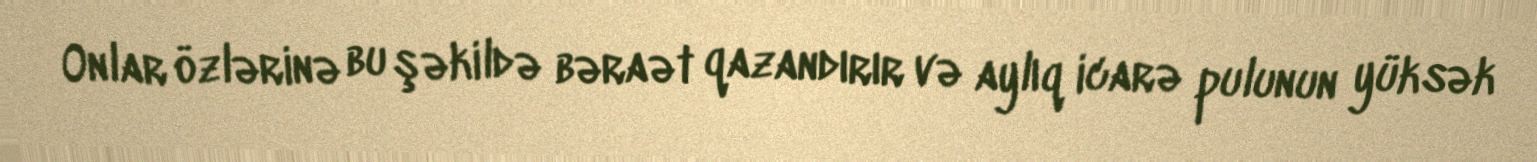
Onlar özlərinə bu şəkildə bəraət qazandırır və aylıq icarə pulunun yüksək